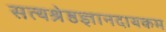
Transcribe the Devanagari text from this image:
सत्यश्रेष्ठज्ञानदायकम